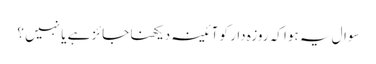
سوال یہ ہوا کہ روزہ دار کو آئینہ دیکھنا جائز ہے یا نہیں ؟